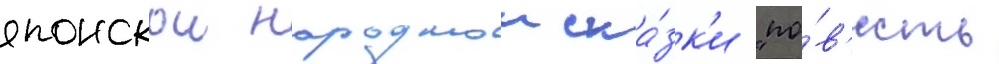
японскои народнои ска́зк'и "по́в'есть